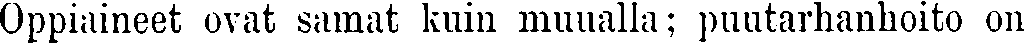
Oppiaineet ovat samat kuin muualla; puutarhanhoito on